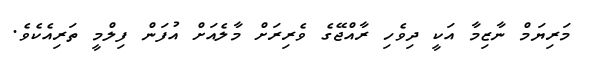
މަރިޔަމް ނާޒިމާ އަކީ ދިވެހި ރާއްޖޭގެ ވެރިރަށް މާލެއަށް އުފަން ފިލްމީ ތަރިއެކެވެ.